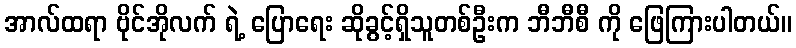
အာလ်ထရာ ဗိုင်အိုလက် ရဲ့ ပြောရေး ဆိုခွင့်ရှိသူတစ်ဦးက ဘီဘီစီ ကို ဖြေကြားပါတယ်။